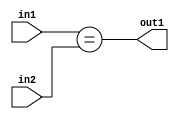
`timescale 1ps / 1ps
/*****************************************************************************
    Verilog RTL Description
    
    
    Created by: Stratus DpOpt 21.05.01 
*******************************************************************************/

module Filter_Equal_4Ux3U_1U_4 (
	in2,
	in1,
	out1
	); /* architecture "behavioural" */ 
input [3:0] in2;
input [2:0] in1;
output  out1;
wire  asc001;

assign asc001 = (in1==in2);

assign out1 = asc001;
endmodule

/* CADENCE  urnyTg4= : u9/ySxbfrwZIxEzHVQQV8Q== ** DO NOT EDIT THIS LINE ******/